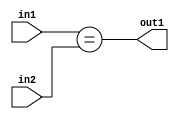
`timescale 1ps / 1ps
/*****************************************************************************
    Verilog RTL Description
    
    
    Created by: Stratus DpOpt 21.05.01 
*******************************************************************************/

module Filter_Equal_4Ux3U_1U_4 (
	in2,
	in1,
	out1
	); /* architecture "behavioural" */ 
input [3:0] in2;
input [2:0] in1;
output  out1;
wire  asc001;

assign asc001 = (in1==in2);

assign out1 = asc001;
endmodule

/* CADENCE  urnyTg4= : u9/ySxbfrwZIxEzHVQQV8Q== ** DO NOT EDIT THIS LINE ******/